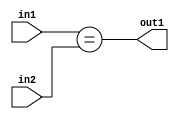
`timescale 1ps / 1ps
/*****************************************************************************
    Verilog RTL Description
    
    
    Created by: Stratus DpOpt 21.05.01 
*******************************************************************************/

module Filter_Equal_4Ux3U_1U_4 (
	in2,
	in1,
	out1
	); /* architecture "behavioural" */ 
input [3:0] in2;
input [2:0] in1;
output  out1;
wire  asc001;

assign asc001 = (in1==in2);

assign out1 = asc001;
endmodule

/* CADENCE  urnyTg4= : u9/ySxbfrwZIxEzHVQQV8Q== ** DO NOT EDIT THIS LINE ******/